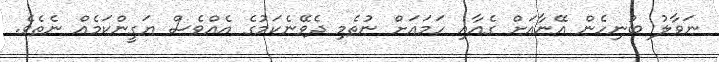
ނަވާލު ބުނިހެން އޭނާއަށް ގެއާއި ހަމައަށް ނުތެމި ދެވޭނެކަމުގެ އެއްވެސް ޔަގީންކަމެއް ނެތެވެ.